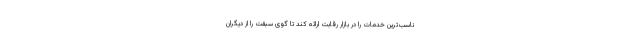
ناسب‌ترین خدمات را در بازار رقابت ارائه کند تا گوی سبقت را از دیگران